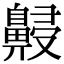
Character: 𪖧